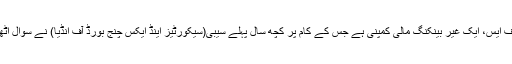
کے آئی ایف ایس، ایک غیر بینکنگ مالی کمپنی ہے جس کے کام پر کچھ سال پہلے سیبی(سیکورٹیز اینڈ ایکس چنج بورڈ آف انڈیا) نے سوال اٹھائے تھے۔